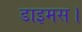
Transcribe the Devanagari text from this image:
डाइमस।